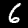
Digit: 6